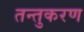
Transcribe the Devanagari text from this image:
तन्तुकरण